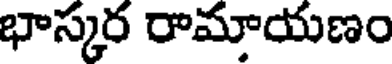
భాస్కర రామాయణం